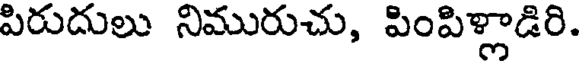
పిరుదులు నిమురుచు, పింపిళ్లాడిరి.